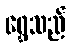
ရွှေသည်